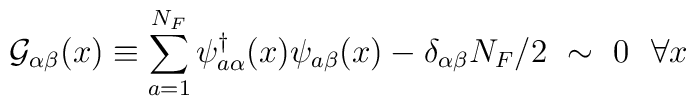
{\cal G}_{\alpha\beta}(x)\equiv\sum_{a=1}^{N_F} \psi^{\dagger}_{a\alpha}(x)\psi_{a\beta}(x)-\delta_{\alpha\beta}N_F/2~\sim~0~~\forall x